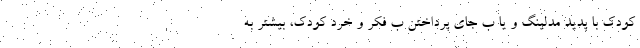
کودک با پدید مدلینگ و یا ب جای پرداختن ب فکر و خرد کودک، بیشتر به